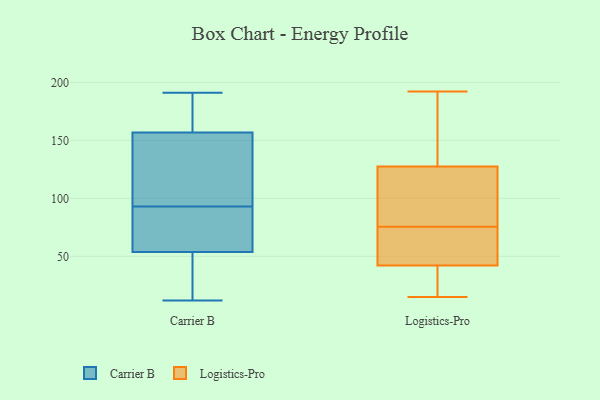
{"axis": {"x": "Satisfaction Score", "y": "Value"}, "legend": ["Carrier B", "Logistics-Pro"], "data": [{"x": "", "y": 191, "type": "Carrier B"}, {"x": "", "y": 188, "type": "Carrier B"}, {"x": "", "y": 93, "type": "Carrier B"}, {"x": "", "y": 13, "type": "Carrier B"}, {"x": "", "y": 81, "type": "Carrier B"}, {"x": "", "y": 12, "type": "Carrier B"}, {"x": "", "y": 56, "type": "Carrier B"}, {"x": "", "y": 123, "type": "Carrier B"}, {"x": "", "y": 53, "type": "Carrier B"}, {"x": "", "y": 162, "type": "Carrier B"}, {"x": "", "y": 74, "type": "Carrier B"}, {"x": "", "y": 157, "type": "Carrier B"}, {"x": "", "y": 37, "type": "Carrier B"}, {"x": "", "y": 132, "type": "Carrier B"}, {"x": "", "y": 156, "type": "Carrier B"}, {"x": "", "y": 50, "type": "Logistics-Pro"}, {"x": "", "y": 26, "type": "Logistics-Pro"}, {"x": "", "y": 134, "type": "Logistics-Pro"}, {"x": "", "y": 74, "type": "Logistics-Pro"}, {"x": "", "y": 128, "type": "Logistics-Pro"}, {"x": "", "y": 80, "type": "Logistics-Pro"}, {"x": "", "y": 127, "type": "Logistics-Pro"}, {"x": "", "y": 34, "type": "Logistics-Pro"}, {"x": "", "y": 52, "type": "Logistics-Pro"}, {"x": "", "y": 89, "type": "Logistics-Pro"}, {"x": "", "y": 20, "type": "Logistics-Pro"}, {"x": "", "y": 77, "type": "Logistics-Pro"}, {"x": "", "y": 17, "type": "Logistics-Pro"}, {"x": "", "y": 65, "type": "Logistics-Pro"}, {"x": "", "y": 101, "type": "Logistics-Pro"}, {"x": "", "y": 15, "type": "Logistics-Pro"}, {"x": "", "y": 192, "type": "Logistics-Pro"}, {"x": "", "y": 69, "type": "Logistics-Pro"}, {"x": "", "y": 141, "type": "Logistics-Pro"}, {"x": "", "y": 128, "type": "Logistics-Pro"}]}